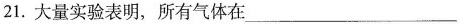
21.大量实验表明，所有气体在___